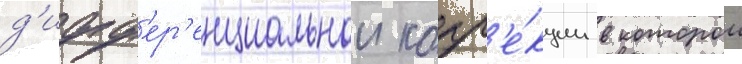
д'ифф'ер'енциальнои корр'е́кции в которои